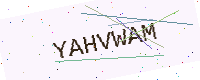
Text: YAHVWAM